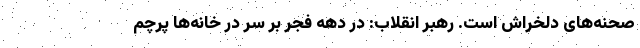
صحنه‌های دلخراش است. رهبر انقلاب: در دهه فجر بر سر در خانه‌ها پرچم